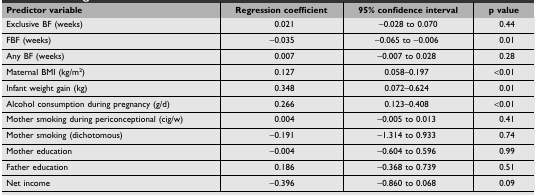
<table><thead><tr><td><b>Predictor variable</b></td><td><b>Regression coefficient</b></td><td><b>95% confidence interval</b></td><td><b>p value</b></td></tr></thead><tbody><tr><td>Exclusive BF (weeks)</td><td>0.021</td><td>−0.028 to 0.070</td><td>0.44</td></tr><tr><td>FBF (weeks)</td><td>−0.035</td><td>−0.065 to −0.006</td><td>0.01</td></tr><tr><td>Any BF (weeks)</td><td>0.007</td><td>−0.007 to 0.028</td><td>0.28</td></tr><tr><td>Maternal BMI (kg/m<sup>2</sup>)</td><td>0.127</td><td>0.058–0.197</td><td>&lt;0.01</td></tr><tr><td>Infant weight gain (kg)</td><td>0.348</td><td>0.072–0.624</td><td>0.01</td></tr><tr><td>Alcohol consumption during pregnancy (g/d)</td><td>0.266</td><td>0.123–0.408</td><td>&lt;0.01</td></tr><tr><td>Mother smoking during periconceptional (cig/w)</td><td>0.004</td><td>−0.005 to 0.013</td><td>0.41</td></tr><tr><td>Mother smoking (dichotomous)</td><td>−0.191</td><td>−1.314 to 0.933</td><td>0.74</td></tr><tr><td>Mother education</td><td>−0.004</td><td>−0.604 to 0.596</td><td>0.99</td></tr><tr><td>Father education</td><td>0.186</td><td>−0.368 to 0.739</td><td>0.51</td></tr><tr><td>Net income</td><td>−0.396</td><td>−0.860 to 0.068</td><td>0.09</td></tr></tbody></table>